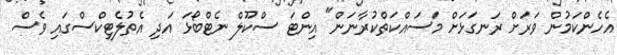
އެހެންކަމުން ވަރަށް ރަނގަޅަށް މަސައްކަތްކުރާނަން" އިންޓަ ސްކޫލް ނެޓްބޯޅަ އަދި އެތުލެޓިކްސްގައި ވެސް